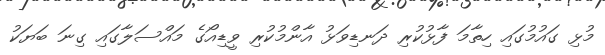
މުޅި ގައުމުގައި ހިތާމަ ފާޅުކުރި ދަނޑިވަޅު އާންމުކުރި ވީޑިއޯގެ މައްސަލާގައި ގިނަ ބަޔަކު